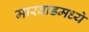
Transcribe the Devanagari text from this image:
मारवाडमध्ये